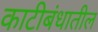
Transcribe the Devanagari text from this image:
काटीबंधातील